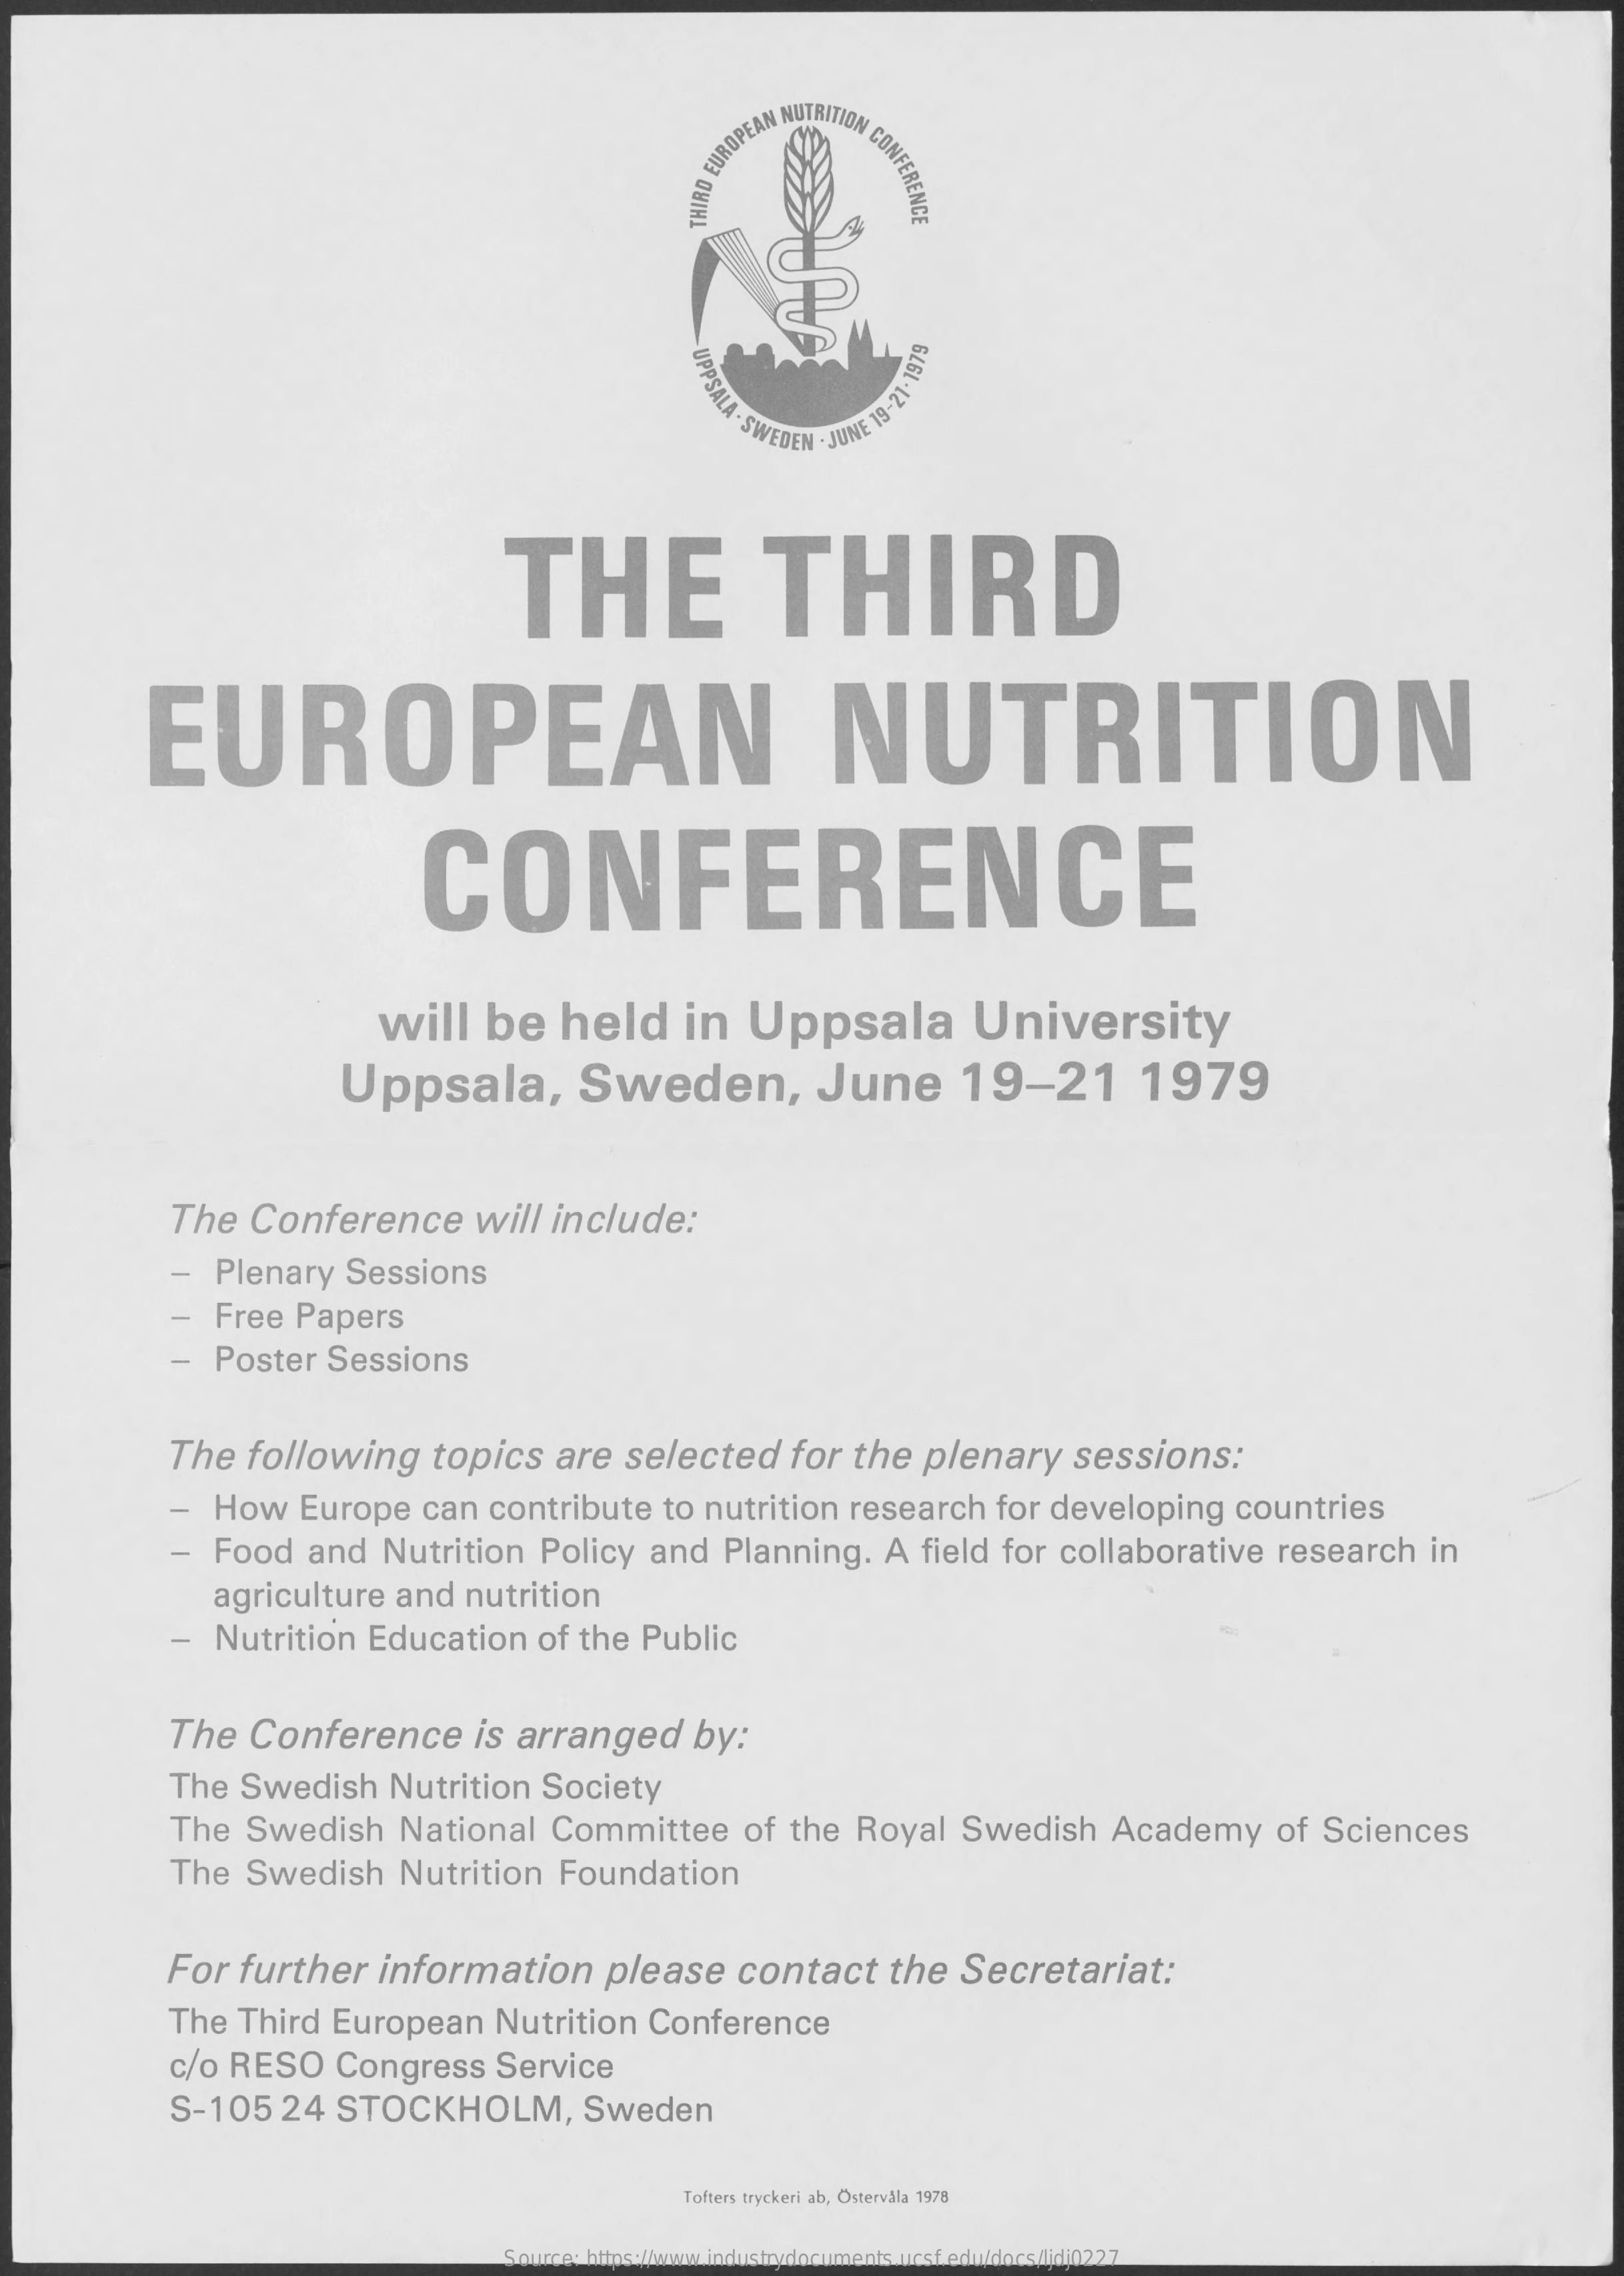
TION
     CONFERENCE THIRD
     EUROPEA
     UPPSALA
     .S
     UNE
     19-21-1979
     THE    THIRD
     EUROPEAN    NUTRITION
     CONFERENCE
     will be  held  in  Uppsala    University
     Uppsala,    Sweden,    June   19-21    1979
     The Conference  will include:
     - Plenary Sessions
     - Free Papers
     - Poster Sessions
     The following topics are selected for the plenary sessions:
     - How  Europe can contribute to nutrition research for developing countries
     - Food and Nutrition Policy and Planning. A field for collaborative research in
     agriculture and nutrition
     - Nutrition Education of the Public
     The Conference  is arranged by:
     The Swedish Nutrition Society
     The Swedish National Committee of the Royal Swedish Academy of Sciences
     The Swedish Nutrition Foundation
     For further information please contact the Secretariat:
     The Third European Nutrition Conference
     c/o RESO Congress Service
     S-105 24 STOCKHOLM,  Sweden
     Tofters tryckeri ab, Ostervala 1978
     Source: https://www.industrydocuments.ucsf.edu/docs/ljdj0227